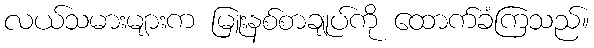
လယ်သမားများက မြူးနစ်စာချုပ်ကို ထောက်ခံကြသည်။